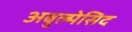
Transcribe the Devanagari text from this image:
अबुल्मेसिद